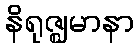
နိရုဇ္ဈမာနာ